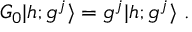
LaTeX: G _ { 0 } \vert h ; g ^ { j } \rangle = g ^ { j } \vert h ; g ^ { j } \rangle { } ~ .